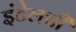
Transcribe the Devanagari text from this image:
इंटेलची